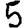
Digit: 5